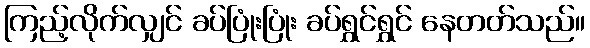
ကြည့်လိုက်လျှင် ခပ်ပြုံးပြုံး ခပ်ရွှင်ရွှင် နေတတ်သည်။